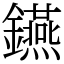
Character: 𨯧